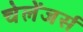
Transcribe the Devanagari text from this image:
चेलेंजर्स